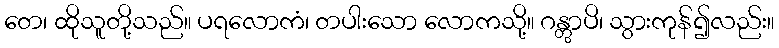
တေ၊ ထိုသူတို့သည်။ ပရလောကံ၊ တပါးသော လောကသို့။ ဂန္တွာပိ၊ သွားကုန်၍လည်း။